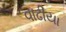
વાઢીયા